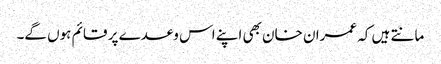
مانتے ہیں کہ عمران خان بھی اپنے اس وعدے پر قائم ہوں گے۔